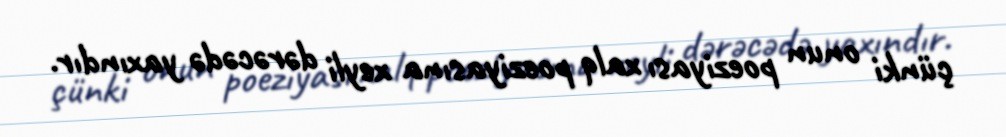
çünki onun poeziyası xalq poeziyasına xeyli dərəcədə yaxındır.